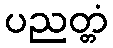
ပညတ္တံ